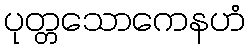
ပုတ္တသောကေနဟံ